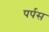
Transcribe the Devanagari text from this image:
पर्पस